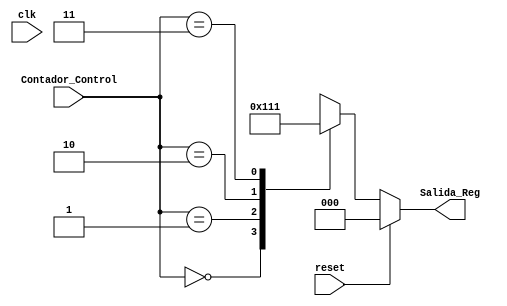
`timescale 1ns / 1ps
//////////////////////////////////////////////////////////////////////////////////
// Company: 
// Engineer: 
// 
// Design Name: 
// Module Name:    Deco_Registro 
// Project Name: 
// Target Devices: 
// Tool versions: 
// Description: 
//
// Dependencies: 
//
// Revision: 
// Revision 0.01 - File Created
// Additional Comments: 
//
//////////////////////////////////////////////////////////////////////////////////
module Deco_Registro(
	input wire clk, reset,
	input wire [1:0] Contador_Control,
	output reg  [2:0] Salida_Reg
    );

   always @*
      if (reset)
         Salida_Reg = 0;
      else
         case (Contador_Control)
            2'b00   : Salida_Reg = 3'b000;
            2'b01   : Salida_Reg = 3'b100;
            2'b10   : Salida_Reg = 3'b010;
            2'b11   : Salida_Reg = 3'b001;
            default : Salida_Reg = 3'b000;
         endcase
				

endmodule